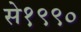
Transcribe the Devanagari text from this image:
से१९९०